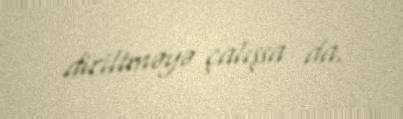
diriltməyə çalışsa da.